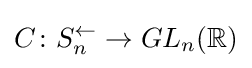
C\colon S_{n}^{\leftarrow }\to GL_{n}(\mathbb {R} )